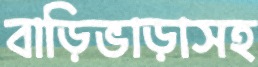
বাড়িভাড়াসহ